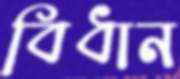
বিধান